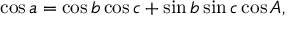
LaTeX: \cos a = \cos b \cos c + \sin b \sin c \cos A ,